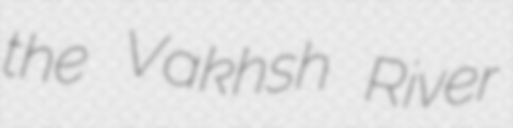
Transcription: the Vakhsh River